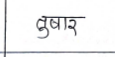
मजकूर: तुषार